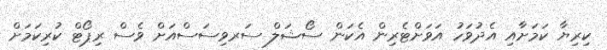
ކިރިޔާ ކަމަށާއި އެދުވަހު އަވަށްޓެރިން އެކަން ސޯޝަލް ސަރވިސަސްއަށް ވެސް ރިޕޯޓް ކުރިކަމަށް